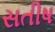
સતીષ